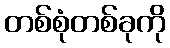
တစ်စုံတစ်ခုကို